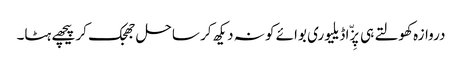
دروازہ کھولتے ہی پِزّا ڈیلیوری بوائے کو نہ دیکھ کر ساحل جھجک کر پیچھے ہٹا۔